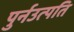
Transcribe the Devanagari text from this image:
पुर्नउत्पति